Board of Education Examinations in Art and in Science and Technology, and Examinations of the City and Guilds of London Institute, 1919, 1919
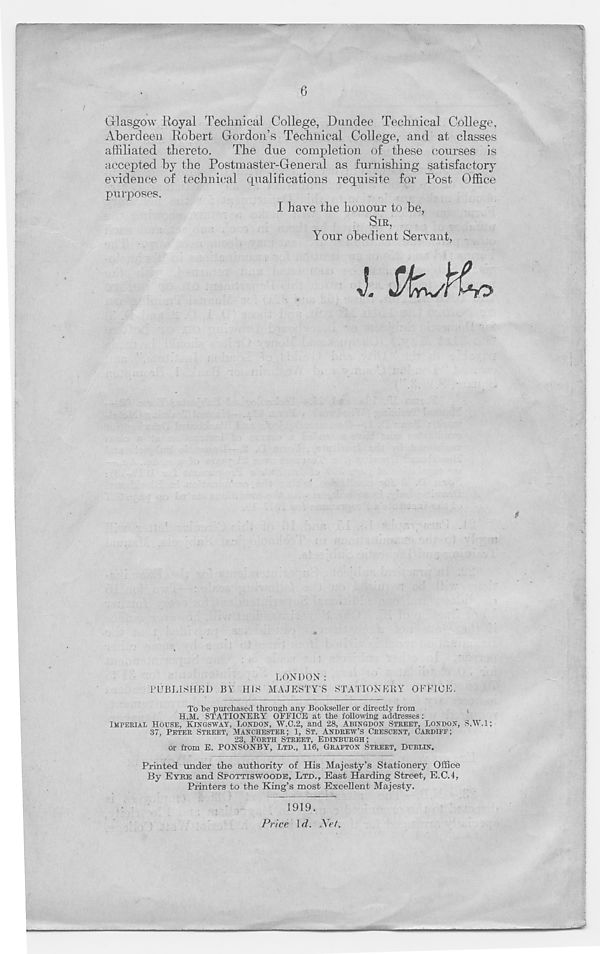
6
Glasgow Royal Technical College, Dundee Technical College,
Aberdeen Robert Gordon’s Technical College, and at classes
affiliated thereto.
The due completion of these courses is
accepted by the Postmaster-General as furnishing satisfactory
evidence of technical qualifications requisite for Post Office
purposes.
I have the honour to be,
SIR,
Your obedient Servant,
v. Sfcvrho
LONDON:
PUBLISHED BY HIS MAJESTY'S STATIONERY OFFICE.
To be purchased through any Bookseller or directly from
H.M. STATIONERY OFFICE at the following addresses:
IMPERIAL HOUSE. KINGSWAY, LONDON, W.C.2, and 28, ABINGDON STREET, LONDON, S.W.l;
37. PETER STREET, MANCHESTER; 1, ST. ANDREW’S CRESCENT, CARDIFF;
23, FORTH STREET, EDINBURGH;
or from E. PONSONBY, LTD., 116, GRAFTON STREET, DUBLIN.
Printed under the authority of His Majesty’s Stationery Office
By EYRE and SPOTTISWOODE, LTD., East Harding Street, E.C.4,
Printers to the King’s most Excellent Majesty.
1919.
Price \d. Net.